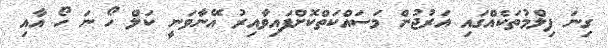
ގިނަ ފިލްމުތަކެއްގައި އަރުޖުން މަސައްކަތްކޮށްފައިވާއިރު އޭނާވަނީ ކަލް ހޯ ނަ ހޯ އާއި